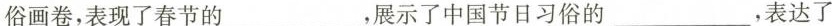
俗画卷，表现了春节的______，展示了中国节日习俗的_，表达了